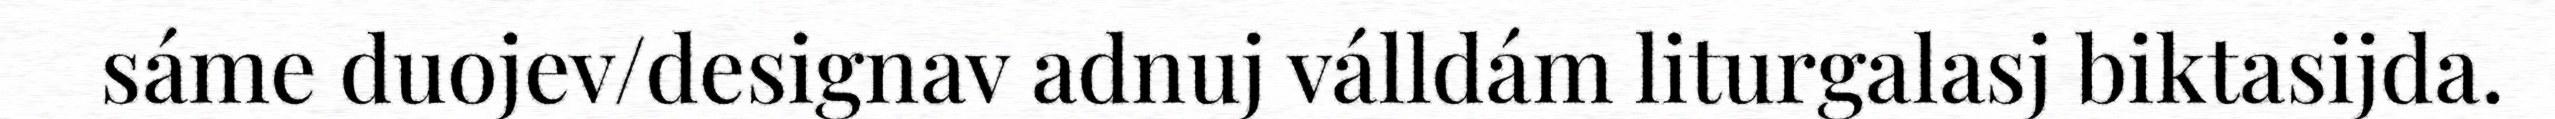
sáme duojev/designav adnuj válldám liturgalasj biktasijda.